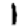
Digit: 1